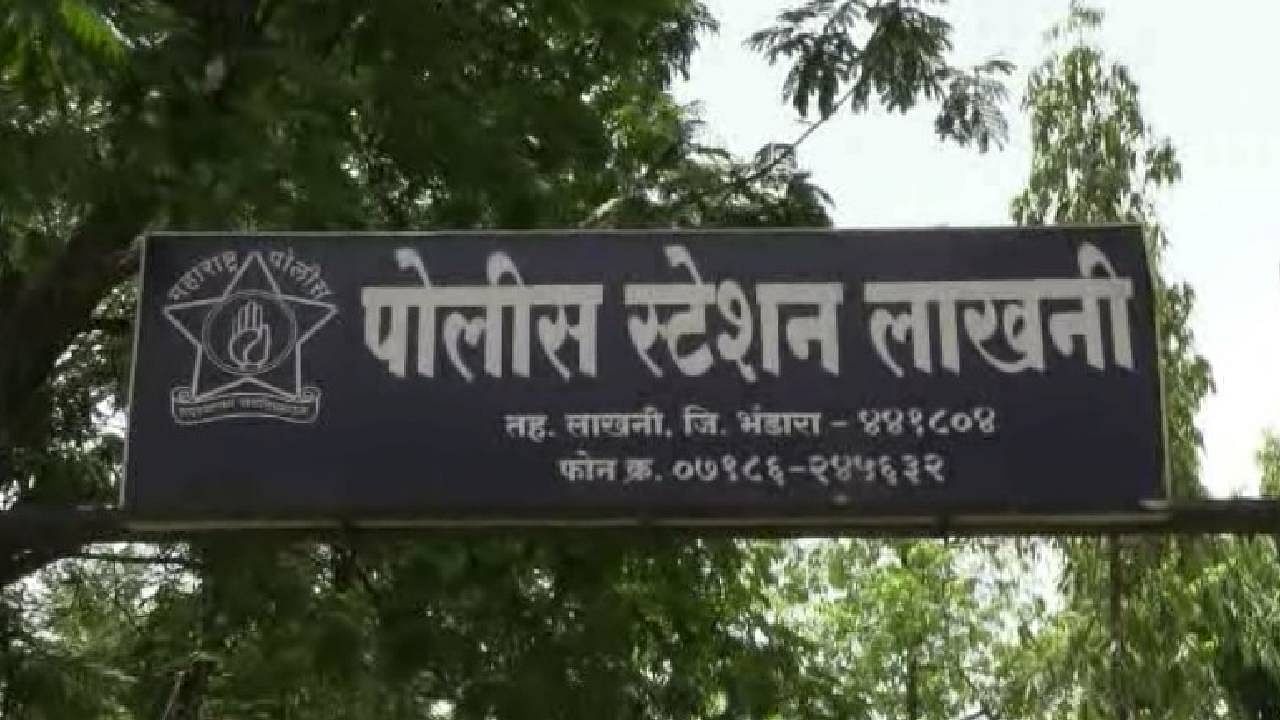
Language: marathi
Transcription: लाखनी तह . जि . ४४१८०४ फोन क्र . ०७१८६ पोलीस महाराष्ट्र पोलीस लाखनी भंडारा स्टेशन २४५६३२